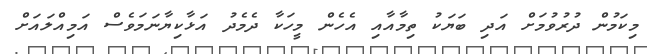
މިކަމުން ދުރުވުމަށް އަދި ބަޔަކު ތިމާއާއި އެހެން މީހަކާ ދެމެދު އަޅާކިޔާނަމަވެސް އަމިއްލައަށް